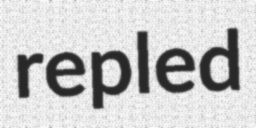
repled